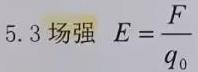
5.3 场强 $E = \frac{F}{q_{0}}$